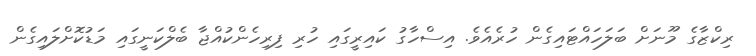
ރިކްޒާގެ މޫނަށް ބަލަހައްޓައިގެން ހުރެއެވެ. އިސްހާގު ކައިރީގައި ހުރި ފިރިހެންކުއްޖާ ބެލްކަނީގައި މަޑުކޮށްލައިގެން